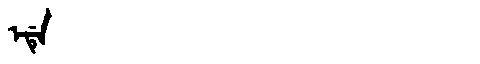
Manchu: ᡝᡩᡝ
Romanization: EDE